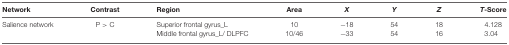
<table><thead><tr><td><b>Network</b></td><td><b>Contrast</b></td><td><b>Region</b></td><td><b>Area</b></td><td><b><i>X</i></b></td><td><b><i>Y</i></b></td><td><b><i>Z</i></b></td><td><b><i>T</i>-Score</b></td></tr></thead><tbody><tr><td>Salience network</td><td>P &gt; C</td><td>Superior frontal gyrus_L</td><td>10</td><td>−18</td><td>54</td><td>18</td><td>4.128</td></tr><tr><td></td><td></td><td>Middle frontal gyrus_L/ DLPFC</td><td>10/46</td><td>−33</td><td>54</td><td>16</td><td>3.04</td></tr></tbody></table>